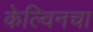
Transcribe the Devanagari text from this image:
केल्विनचा